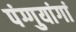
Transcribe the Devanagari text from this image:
पंग्गुयांगां